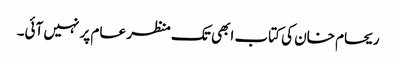
ریحام خان کی کتاب ابھی تک منظر عام پر نہیں آئی۔